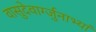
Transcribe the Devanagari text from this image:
वासुदेवार्ग्जुनाभ्यां